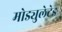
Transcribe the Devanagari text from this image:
मोड्युलेटेड